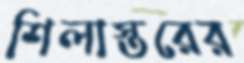
শিলাস্তরের